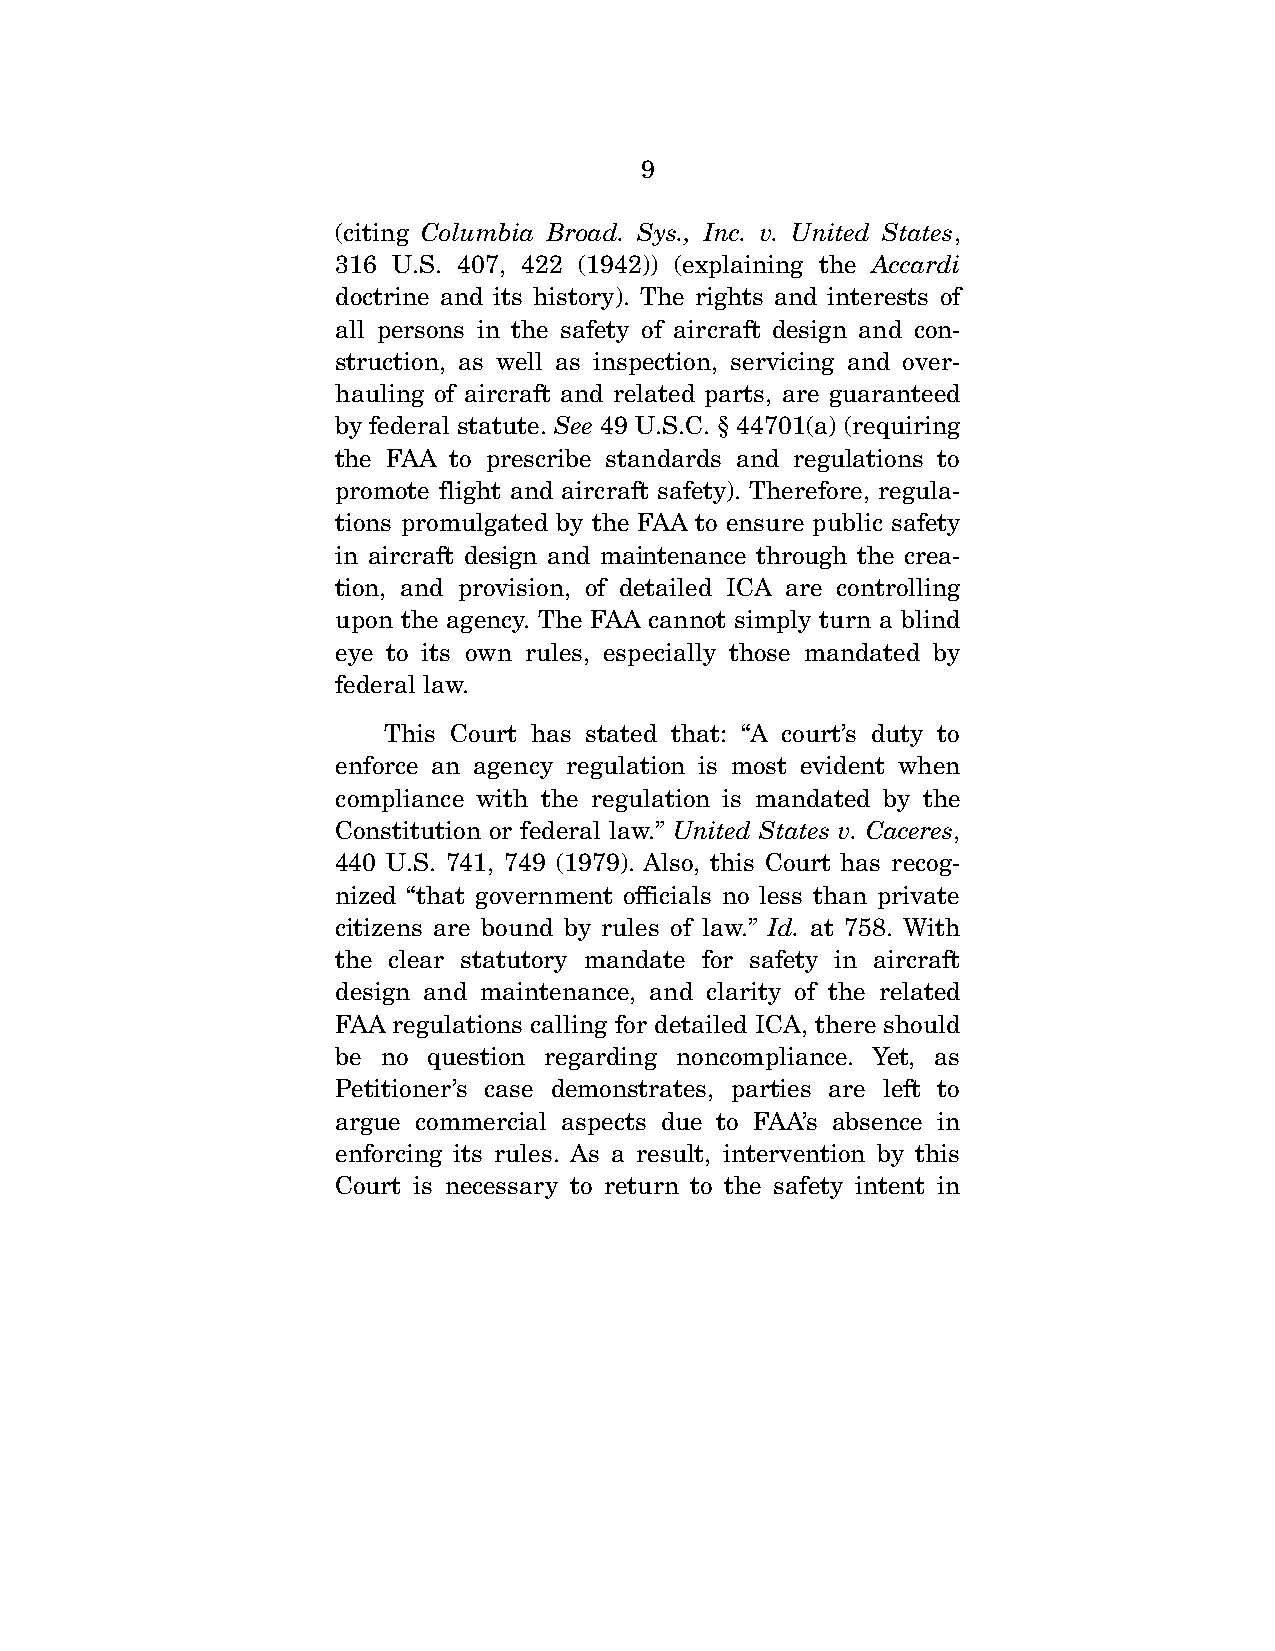
9
 (citing Columbia Broad. Sys., Inc. v. United States,
 316 U.S. 407, 422 (1942)) (explaining the Accardi
 doctrine and its history). The rights and interests of
 all persons in the safety of aircraft design and con-
 struction, as well as inspection, servicing and over-
 hauling of aircraft and related parts, are guaranteed
 by federal statute. See 49 U.S.C. § 44701(a) (requiring
 the FAA to prescribe standards and regulations to
 promote flight and aircraft safety). Therefore, regula-
 tions promulgated by the FAA to ensure public safety
 in aircraft design and maintenance through the crea-
 tion, and provision, of detailed ICA are controlling
 upon the agency. The FAA cannot simply turn a blind
 eye to its own rules, especially those mandated by
 federal law.
 This Court has stated that: “A court’s duty to
 enforce an agency regulation is most evident when
 compliance with the regulation is mandated by the
 Constitution or federal law.” United States v. Caceres,
 440 U.S. 741, 749 (1979). Also, this Court has recog-
 nized “that government officials no less than private
 citizens are bound by rules of law.” Id. at 758. With
 the clear statutory mandate for safety in aircraft
 design and maintenance, and clarity of the related
 FAA regulations calling for detailed ICA, there should
 be no question regarding noncompliance. Yet, as
 Petitioner’s case demonstrates, parties are left to
 argue commercial aspects due to FAA’s absence in
 enforcing its rules. As a result, intervention by this
 Court is necessary to return to the safety intent in